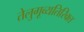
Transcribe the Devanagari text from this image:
तेलुगूव्यतिरिक्त